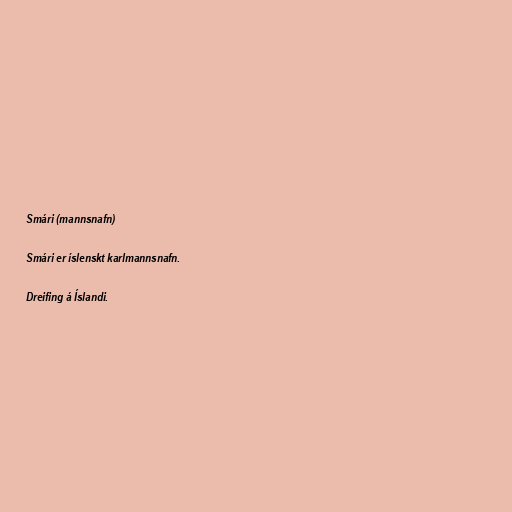
Smári (mannsnafn)

Smári er íslenskt karlmannsnafn.

Dreifing á Íslandi.